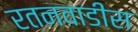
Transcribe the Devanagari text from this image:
रतनवाडीस